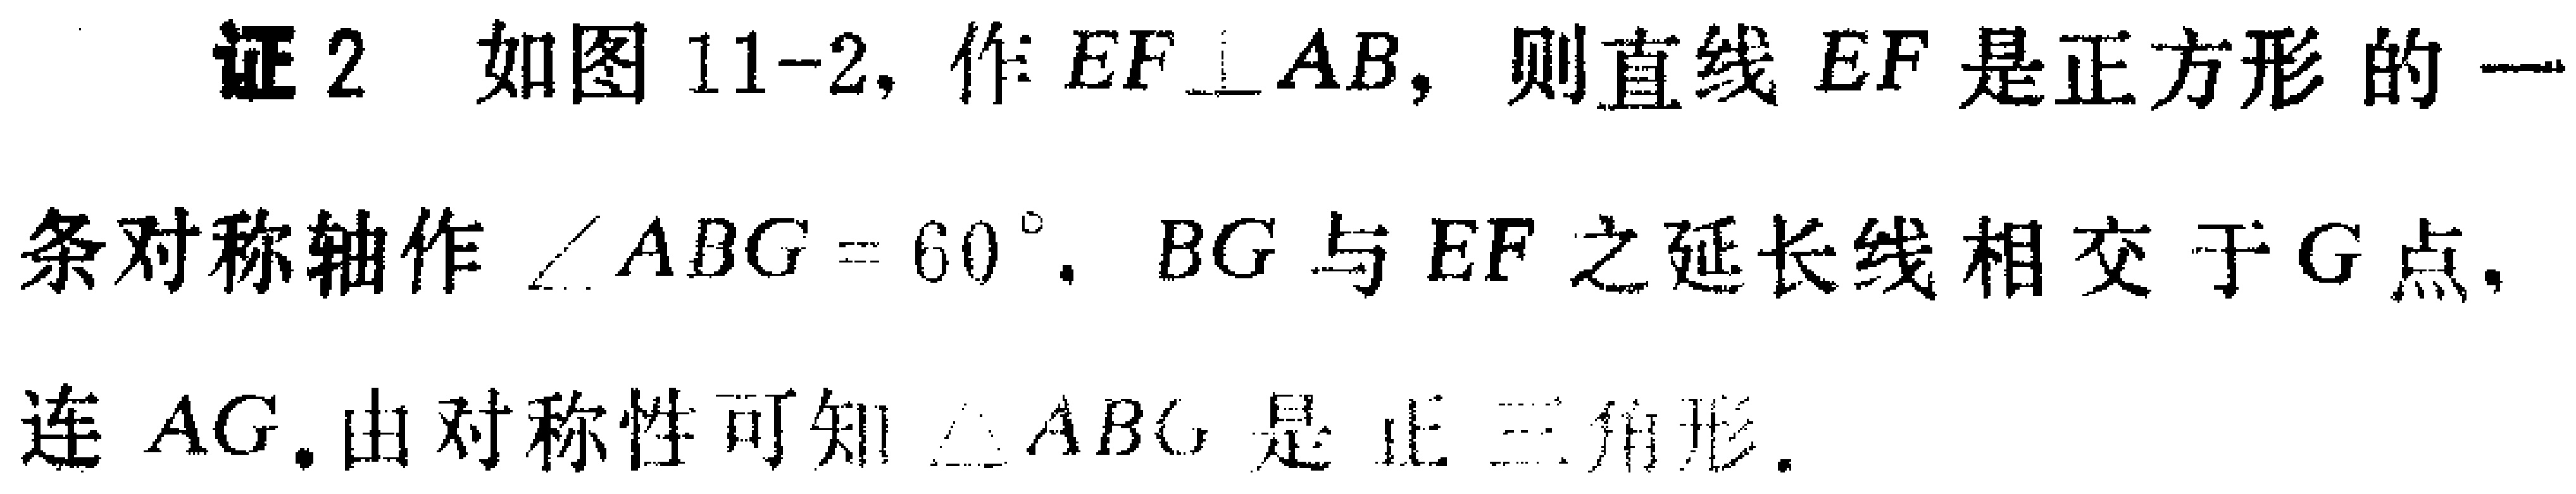
证2 如图11-2, 作 \(EF\perp AB\), 则直线 \(EF\) 是正方形的一

条对称轴作 \(\angle ABG = 60^{\circ}\), \(BG\) 与 \(EF\) 之延长线相交于 \(G\) 点,

连 \(AG\). 由对称性可知 \(\triangle ABG\) 是正三角形.